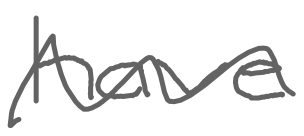
Text: have
Cross-out: wave
Writing tool: digital_gray